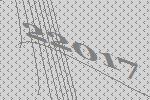
22017